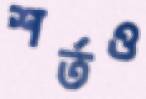
শর্তও